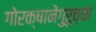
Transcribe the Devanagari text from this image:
गोरक्षानेंगुरुच्या